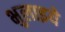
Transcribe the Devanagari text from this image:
भुलाइये